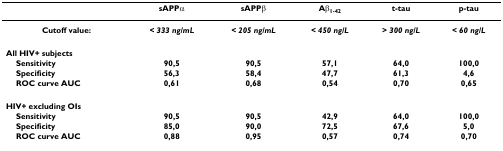
<table><thead><tr><td></td><td><b>sAPPα</b></td><td><b>sAPPβ</b></td><td><b>Aβ<sub>1-42</sub></b></td><td><b>t-tau</b></td><td><b>p-tau</b></td></tr></thead><tbody><tr><td><b>Cutoff value:</b></td><td><i><b>&lt; 333 ng/mL</b></i></td><td><i><b>&lt; 205 ng/mL</b></i></td><td><i><b>&lt; 450 ng/L</b></i></td><td><i><b>&gt; 300 ng/L</b></i></td><td><i><b>&lt; 60 ng/L</b></i></td></tr><tr><td><b>All HIV+ subjects</b></td><td></td><td></td><td></td><td></td><td></td></tr><tr><td> <b>Sensitivity</b></td><td><b>90,5</b></td><td><b>90,5</b></td><td><b>57,1</b></td><td><b>64,0</b></td><td><b>100,0</b></td></tr><tr><td> <b>Specificity</b></td><td><b>56,3</b></td><td><b>58,4</b></td><td><b>47,7</b></td><td><b>61,3</b></td><td><b>4,6</b></td></tr><tr><td> <b>ROC curve AUC</b></td><td><b>0,61</b></td><td><b>0,68</b></td><td><b>0,54</b></td><td><b>0,70</b></td><td><b>0,65</b></td></tr><tr><td><b>HIV+ excluding OIs</b></td><td></td><td></td><td></td><td></td><td></td></tr><tr><td> <b>Sensitivity</b></td><td><b>90,5</b></td><td><b>90,5</b></td><td><b>42,9</b></td><td><b>64,0</b></td><td><b>100,0</b></td></tr><tr><td> <b>Specificity</b></td><td><b>85,0</b></td><td><b>90,0</b></td><td><b>72,5</b></td><td><b>67,6</b></td><td><b>5,0</b></td></tr><tr><td> <b>ROC curve AUC</b></td><td><b>0,88</b></td><td><b>0,95</b></td><td><b>0,57</b></td><td><b>0,74</b></td><td><b>0,70</b></td></tr></tbody></table>